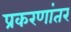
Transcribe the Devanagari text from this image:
प्रकरणांतर